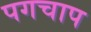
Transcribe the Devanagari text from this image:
पगचाप